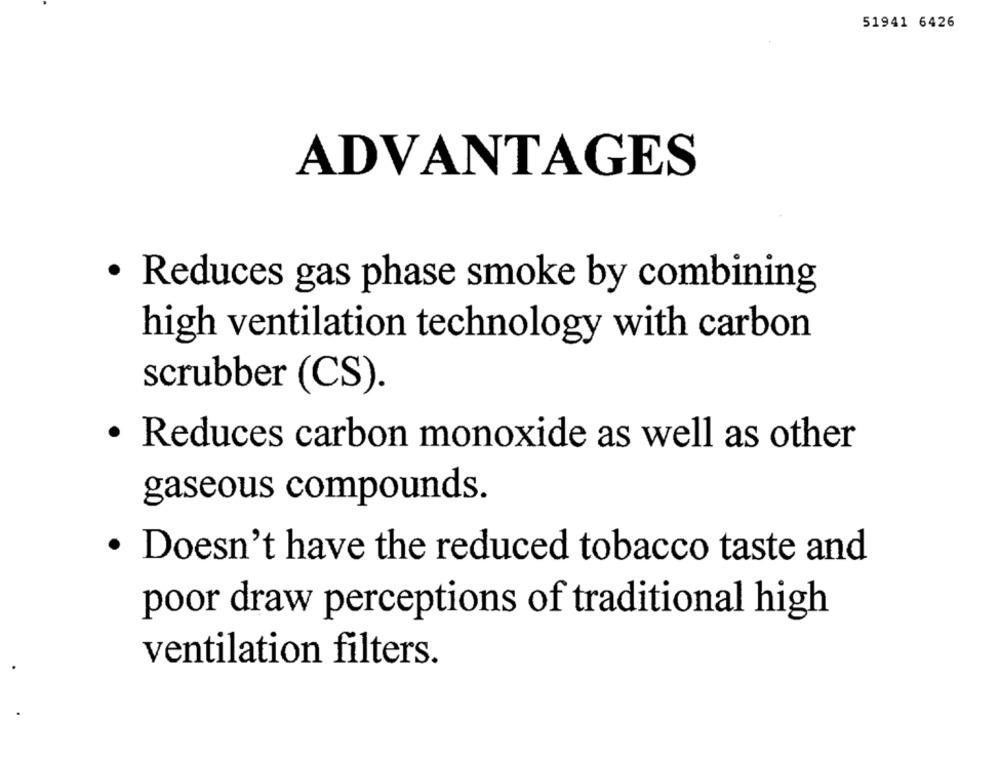
51941 6426
ADVANTAGES
· Reduces gas phase smoke by combining
high ventilation technology with carbon
scrubber (CS).
· Reduces carbon monoxide as well as other
gaseous compounds.
· Doesn't have the reduced tobacco taste and
poor draw perceptions of traditional high
ventilation filters.